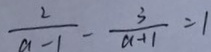
\frac { 2 } { a - 1 } - \frac { 3 } { a + 1 } = 1